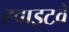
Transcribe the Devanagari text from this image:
ह्वाइटवे